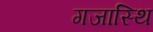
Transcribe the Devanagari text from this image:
गजास्थि